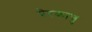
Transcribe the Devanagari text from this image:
प्रेरकाणु